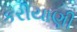
કરીયાણી